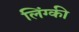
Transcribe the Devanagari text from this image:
लिंग्‍की